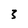
Character: 3